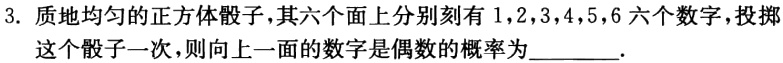
3. 质地均匀的正方体骰子，其六个面上分别刻有\(1,2,3,4,5,6\)六个数字，投掷这个骰子一次，则向上一面的数字是偶数的概率为________.